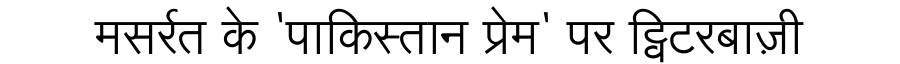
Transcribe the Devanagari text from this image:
मसर्रत के 'पाकिस्तान प्रेम' पर ट्विटरबाज़ी